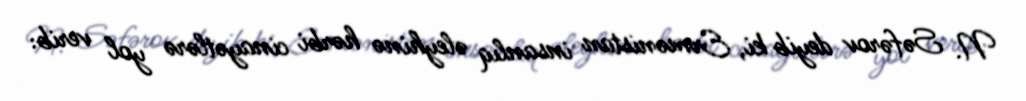
N. Səfərov deyib ki, Ermənistan insanlıq əleyhinə hərbi cinayətlərə yol verib: